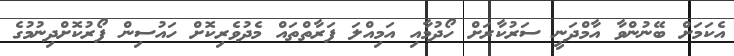
އެކަމަށް ބޭނުންވާ އާމްދަނީ ސަރުކާރަށް ހޯދުމާއި އަމިއްލަ ފަރާތްތައް މެދުވެރިކޮށް ހައުސިން ފޯރުކޮށްދިނުމުގެ